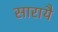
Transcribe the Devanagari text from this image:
सारायै